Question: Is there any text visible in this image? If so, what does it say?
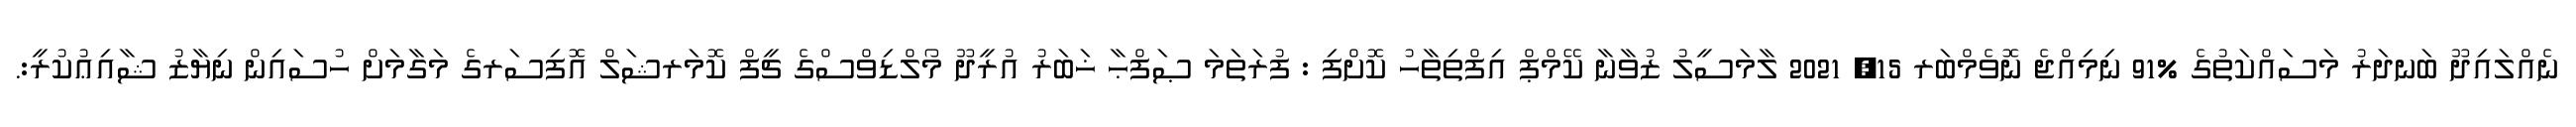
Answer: ނެއްލައިދޫ ބަނދަރު މަސައްކަތުގެ %91 ނިމިއްޖެ ނޮވެމްބަރ 15, 2021 ލާމަސީލު ޒުވާނާ ކޭމްޕް އިފްތިތާހު ކޮށްފި : ފުރަތަމަ ޞަފްޙާ ޚަބަރު އުރީދޫ މޯލްޑިވްސްގެ ޗީފް ކޮމަރޝަލް އޮފިސަރގެ މަގާމަށް ހުސައިން ނިޔާޒު ޝާއިޢުކުރީ:.